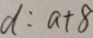
d : a + 8